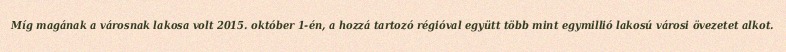
Míg magának a városnak lakosa volt 2015. október 1-én, a hozzá tartozó régióval együtt több mint egymillió lakosú városi övezetet alkot.